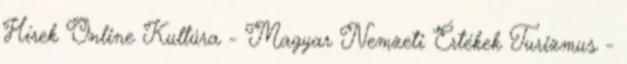
Hírek Online Kultúra - Magyar Nemzeti Értékek Turizmus -